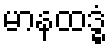
မာနထဒ္ဓံ